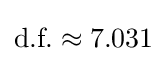
{\text{d.f.}}\approx 7.031